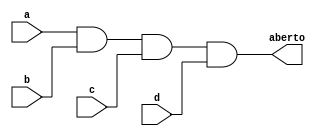
module cadeado(
    output aberto,
    input a,
    input b,
    input c,
    input d
);

assign aberto = a & b & c & d;

endmodule